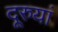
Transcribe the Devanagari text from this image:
दूरुयां